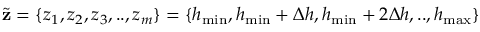
\tilde { \mathbf { z } } = \{ z _ { 1 } , z _ { 2 } , z _ { 3 } , . . , z _ { m } \} = \{ h _ { \operatorname* { m i n } } , h _ { \operatorname* { m i n } } + \Delta h , h _ { \operatorname* { m i n } } + 2 \Delta h , . . , h _ { \operatorname* { m a x } } \}